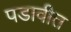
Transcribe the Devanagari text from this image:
पडावीत